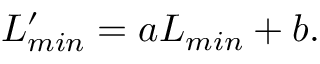
L _ { m i n } ^ { \prime } = a L _ { m i n } + b .